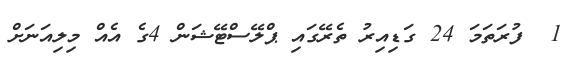
1  ފުރަތަމަ 24 ގަޑިއިރު ތެރޭގައި ޕްލޭސްޓޭޝަން 4ގެ އެއް މިލިއަނަށް